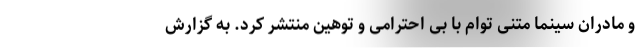
و مادران سینما متنی توام با بی احترامی و توهین منتشر کرد. به گزارش